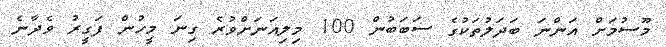
މޫސުމަށް އަންނަ ބަަދަލުތަކުގެ ސަބަބުން 100 މިލިއަނަށްވުރެ ގިނަ މީހުން ފަގީރު ވެދާނެ